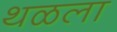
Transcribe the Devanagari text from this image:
थळला